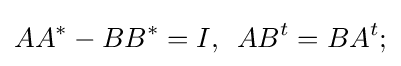
{AA^{*}-BB^{*}=I,\,\,\,AB^{t}=BA^{t};}